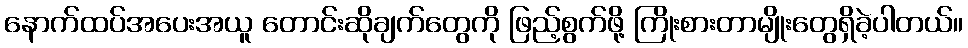
နောက်ထပ်အပေးအယူ တောင်းဆိုချက်တွေကို ဖြည့်စွက်ဖို့ ကြိုးစားတာမျိုးတွေရှိခဲ့ပါတယ်။